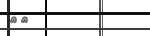
٦٢